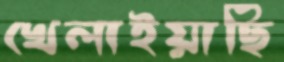
খেলাইয়াছি